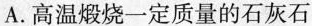
A.高温煅烧一定质量的石灰石